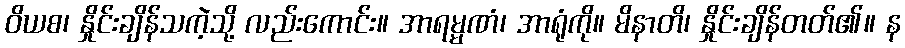
ဝိယစ၊ နှိုင်းချိန်သကဲ့သို့ လည်းကောင်း။ အာရမ္မဏံ၊ အာရုံကို။ မိနာတိ၊ နှိုင်းချိန်တတ်၏။ န